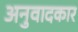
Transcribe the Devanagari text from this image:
अनुवादकार